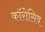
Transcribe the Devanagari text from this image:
काॅरोसिव